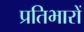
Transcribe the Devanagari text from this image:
प्रतिभारों